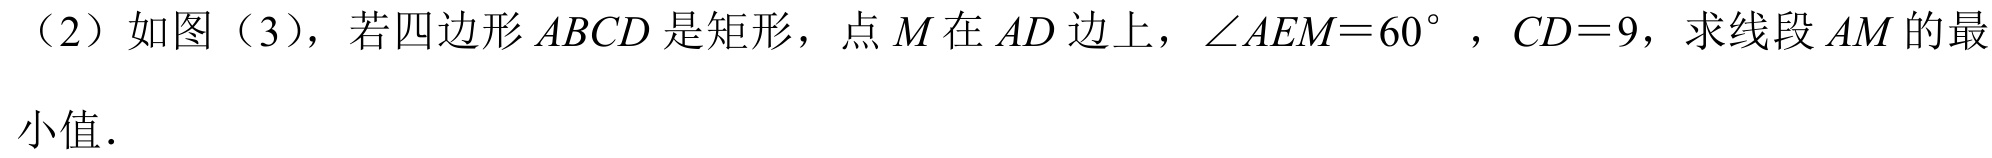
（2）如图（3），若四边形$ABCD$是矩形，点$M$在$AD$边上，$\angle AEM = 60^{\circ}$，$CD = 9$，求线段$AM$的最小值.